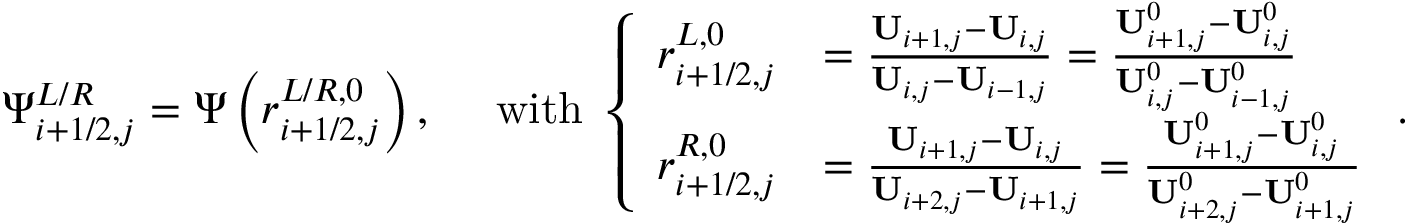
\Psi _ { i + 1 / 2 , j } ^ { L / R } = \Psi \left( r _ { i + 1 / 2 , j } ^ { L / R , 0 } \right) , \quad \mathrm { ~ w i t h ~ } \left\{ \begin{array} { r l } { r _ { i + 1 / 2 , j } ^ { L , 0 } } & { = \frac { \mathbf { U } _ { i + 1 , j } - \mathbf { U } _ { i , j } } { \mathbf { U } _ { i , j } - \mathbf { U } _ { i - 1 , j } } = \frac { \mathbf { U } _ { i + 1 , j } ^ { 0 } - \mathbf { U } _ { i , j } ^ { 0 } } { \mathbf { U } _ { i , j } ^ { 0 } - \mathbf { U } _ { i - 1 , j } ^ { 0 } } } \\ { r _ { i + 1 / 2 , j } ^ { R , 0 } } & { = \frac { \mathbf { U } _ { i + 1 , j } - \mathbf { U } _ { i , j } } { \mathbf { U } _ { i + 2 , j } - \mathbf { U } _ { i + 1 , j } } = \frac { \mathbf { U } _ { i + 1 , j } ^ { 0 } - \mathbf { U } _ { i , j } ^ { 0 } } { \mathbf { U } _ { i + 2 , j } ^ { 0 } - \mathbf { U } _ { i + 1 , j } ^ { 0 } } } \end{array} \right. .